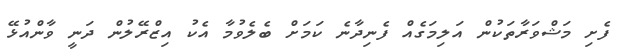
ފެށި މަޝްވަރާތަކުން އަލިމަގެއް ފެނިދާނެ ކަމަށް ބެލެވުމާ އެކު އިޒްރޭލުން ދަނީ ވާންއުޅޭ